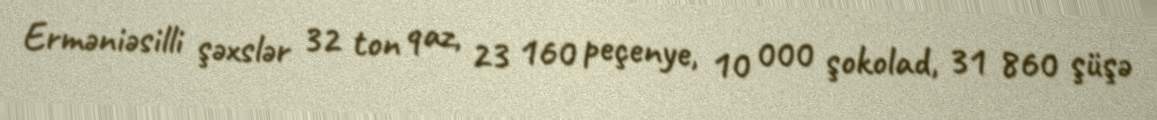
Erməniəsilli şəxslər 32 ton qaz, 23 160 peçenye, 10 000 şokolad, 31 860 şüşə